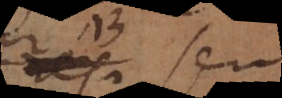
res, seu